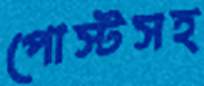
পোস্টসহ